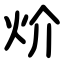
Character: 炌